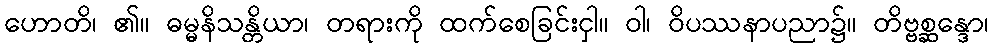
ဟောတိ၊ ၏။ ဓမ္မနိသန္တိယာ၊ တရားကို ထက်စေခြင်းငှါ။ ဝါ၊ ဝိပဿနာပညာ၌။ တိဗ္ဗစ္ဆန္ဒော၊